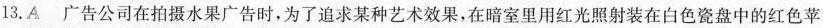
13.A广告公司在拍摄水果广告时，为了追求某种艺术效果，在暗室里用红光照射装在白色瓷盘中的红色苹